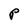
Character: P